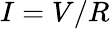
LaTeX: I=V/R